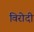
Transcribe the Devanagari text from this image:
विरोदी